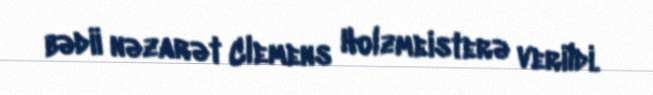
bədii nəzarət Clemens Holzmeisterə verildi.